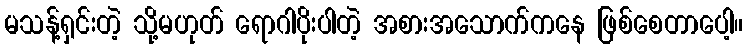
မသန့်ရှင်းတဲ့ သို့မဟုတ် ရောဂါပိုးပါတဲ့ အစားအသောက်ကနေ ဖြစ်စေတာပေါ့။